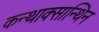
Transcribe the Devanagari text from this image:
कन्थाक्सान्थिन